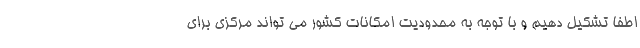
اطفا تشکیل دهیم و با توجه به محدودیت امکانات کشور می تواند مرکزی برای